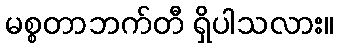
မစ္စတာဘက်တီ ရှိပါသလား။